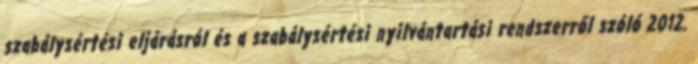
szabálysértési eljárásról és a szabálysértési nyilvántartási rendszerről szóló 2012.